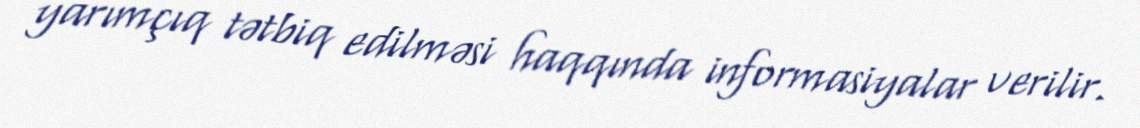
yarımçıq tətbiq edilməsi haqqında informasiyalar verilir.